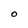
Character: O